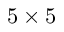
5 \times 5